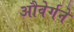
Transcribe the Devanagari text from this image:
औवेर्गने